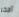
أفخر